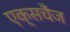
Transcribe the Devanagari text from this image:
एक्सचैंज